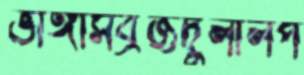
ভাঙ্গাসব্রজদুলালপ